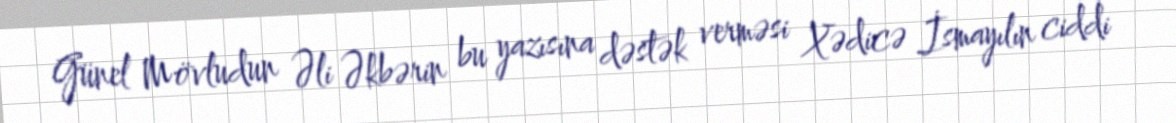
Günel Mövludun Əli Əkbərin bu yazısına dəstək verməsi Xədicə İsmayılın ciddi